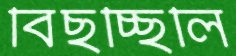
বিছচ্ছিলি